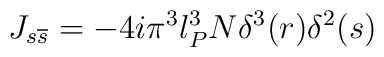
J_{s\overline{s}} = -4i\pi^3l_P^3N\delta^3(r)\delta^2(s)